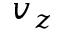
v _ { z }